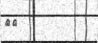
٤٧